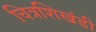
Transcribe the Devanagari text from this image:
चित्रशिखंडी